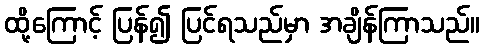
ထို့ကြောင့် ပြန်၍ ပြင်ရသည်မှာ အချိန်ကြာသည်။